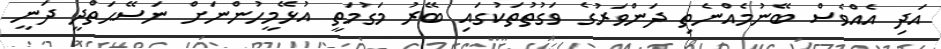
އަދި އެއްވެސް ބޭނުމެއްނެތި ދަންވަރުގެ ވަގުތުތަކުގައި ބޭރު މަގުމަތީ އުޅޭމީހުންނަށް ނަސޭޙަތްދީ ދަނީ